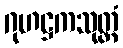
ဂုဟဋ္ဌကသုတ္တံ